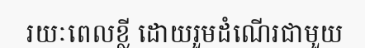
រយៈពេលខ្លី ដោយរួមដំណើរជាមួយ